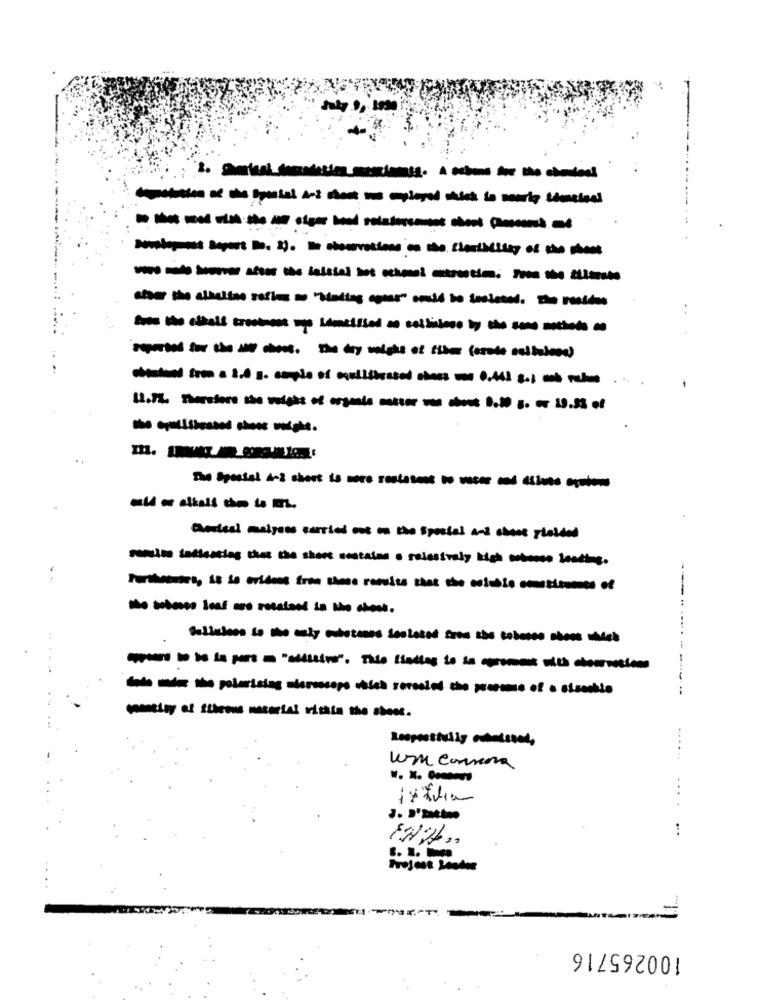
w & the special Ari nost wo ceplayed which is nearly thatisal
- ---------
. .
chantand from a 2.0 s. comple of calibrated class con 0.441 8.1 mb raken
..
au - alkali do is m.
Overtrel maisons carried out on the Special and chose platted
molte salsassing that the shore mostaina a selectively kich sbocco loading.
- -
....
poors to be la pars = "allttivo". The listles to in cromos with chouriations
---
..... .
W. X. ..
...
...
Project Leader
100265716